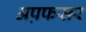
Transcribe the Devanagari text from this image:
अप़फसर